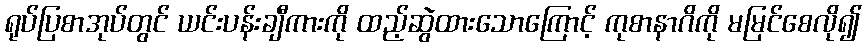
ရုပ်ပြစာအုပ်တွင် ယင်းပန်းချီကားကို ထည့်ဆွဲထားသောကြောင့် ကုစာနာဂိကို မမြင်စေလို၍